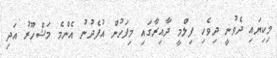
މިކިޔައި ދެވުނީ ދިވެހި ފިލްމީ ދާއިރާގައި މިފަހުން އުފެދުނު އެންމެ މަޝްހޫރު އަދި